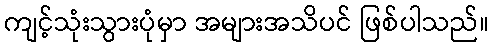
ကျင့်သုံးသွားပုံမှာ အများအသိပင် ဖြစ်ပါသည်။